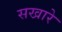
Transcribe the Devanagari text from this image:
सखारे